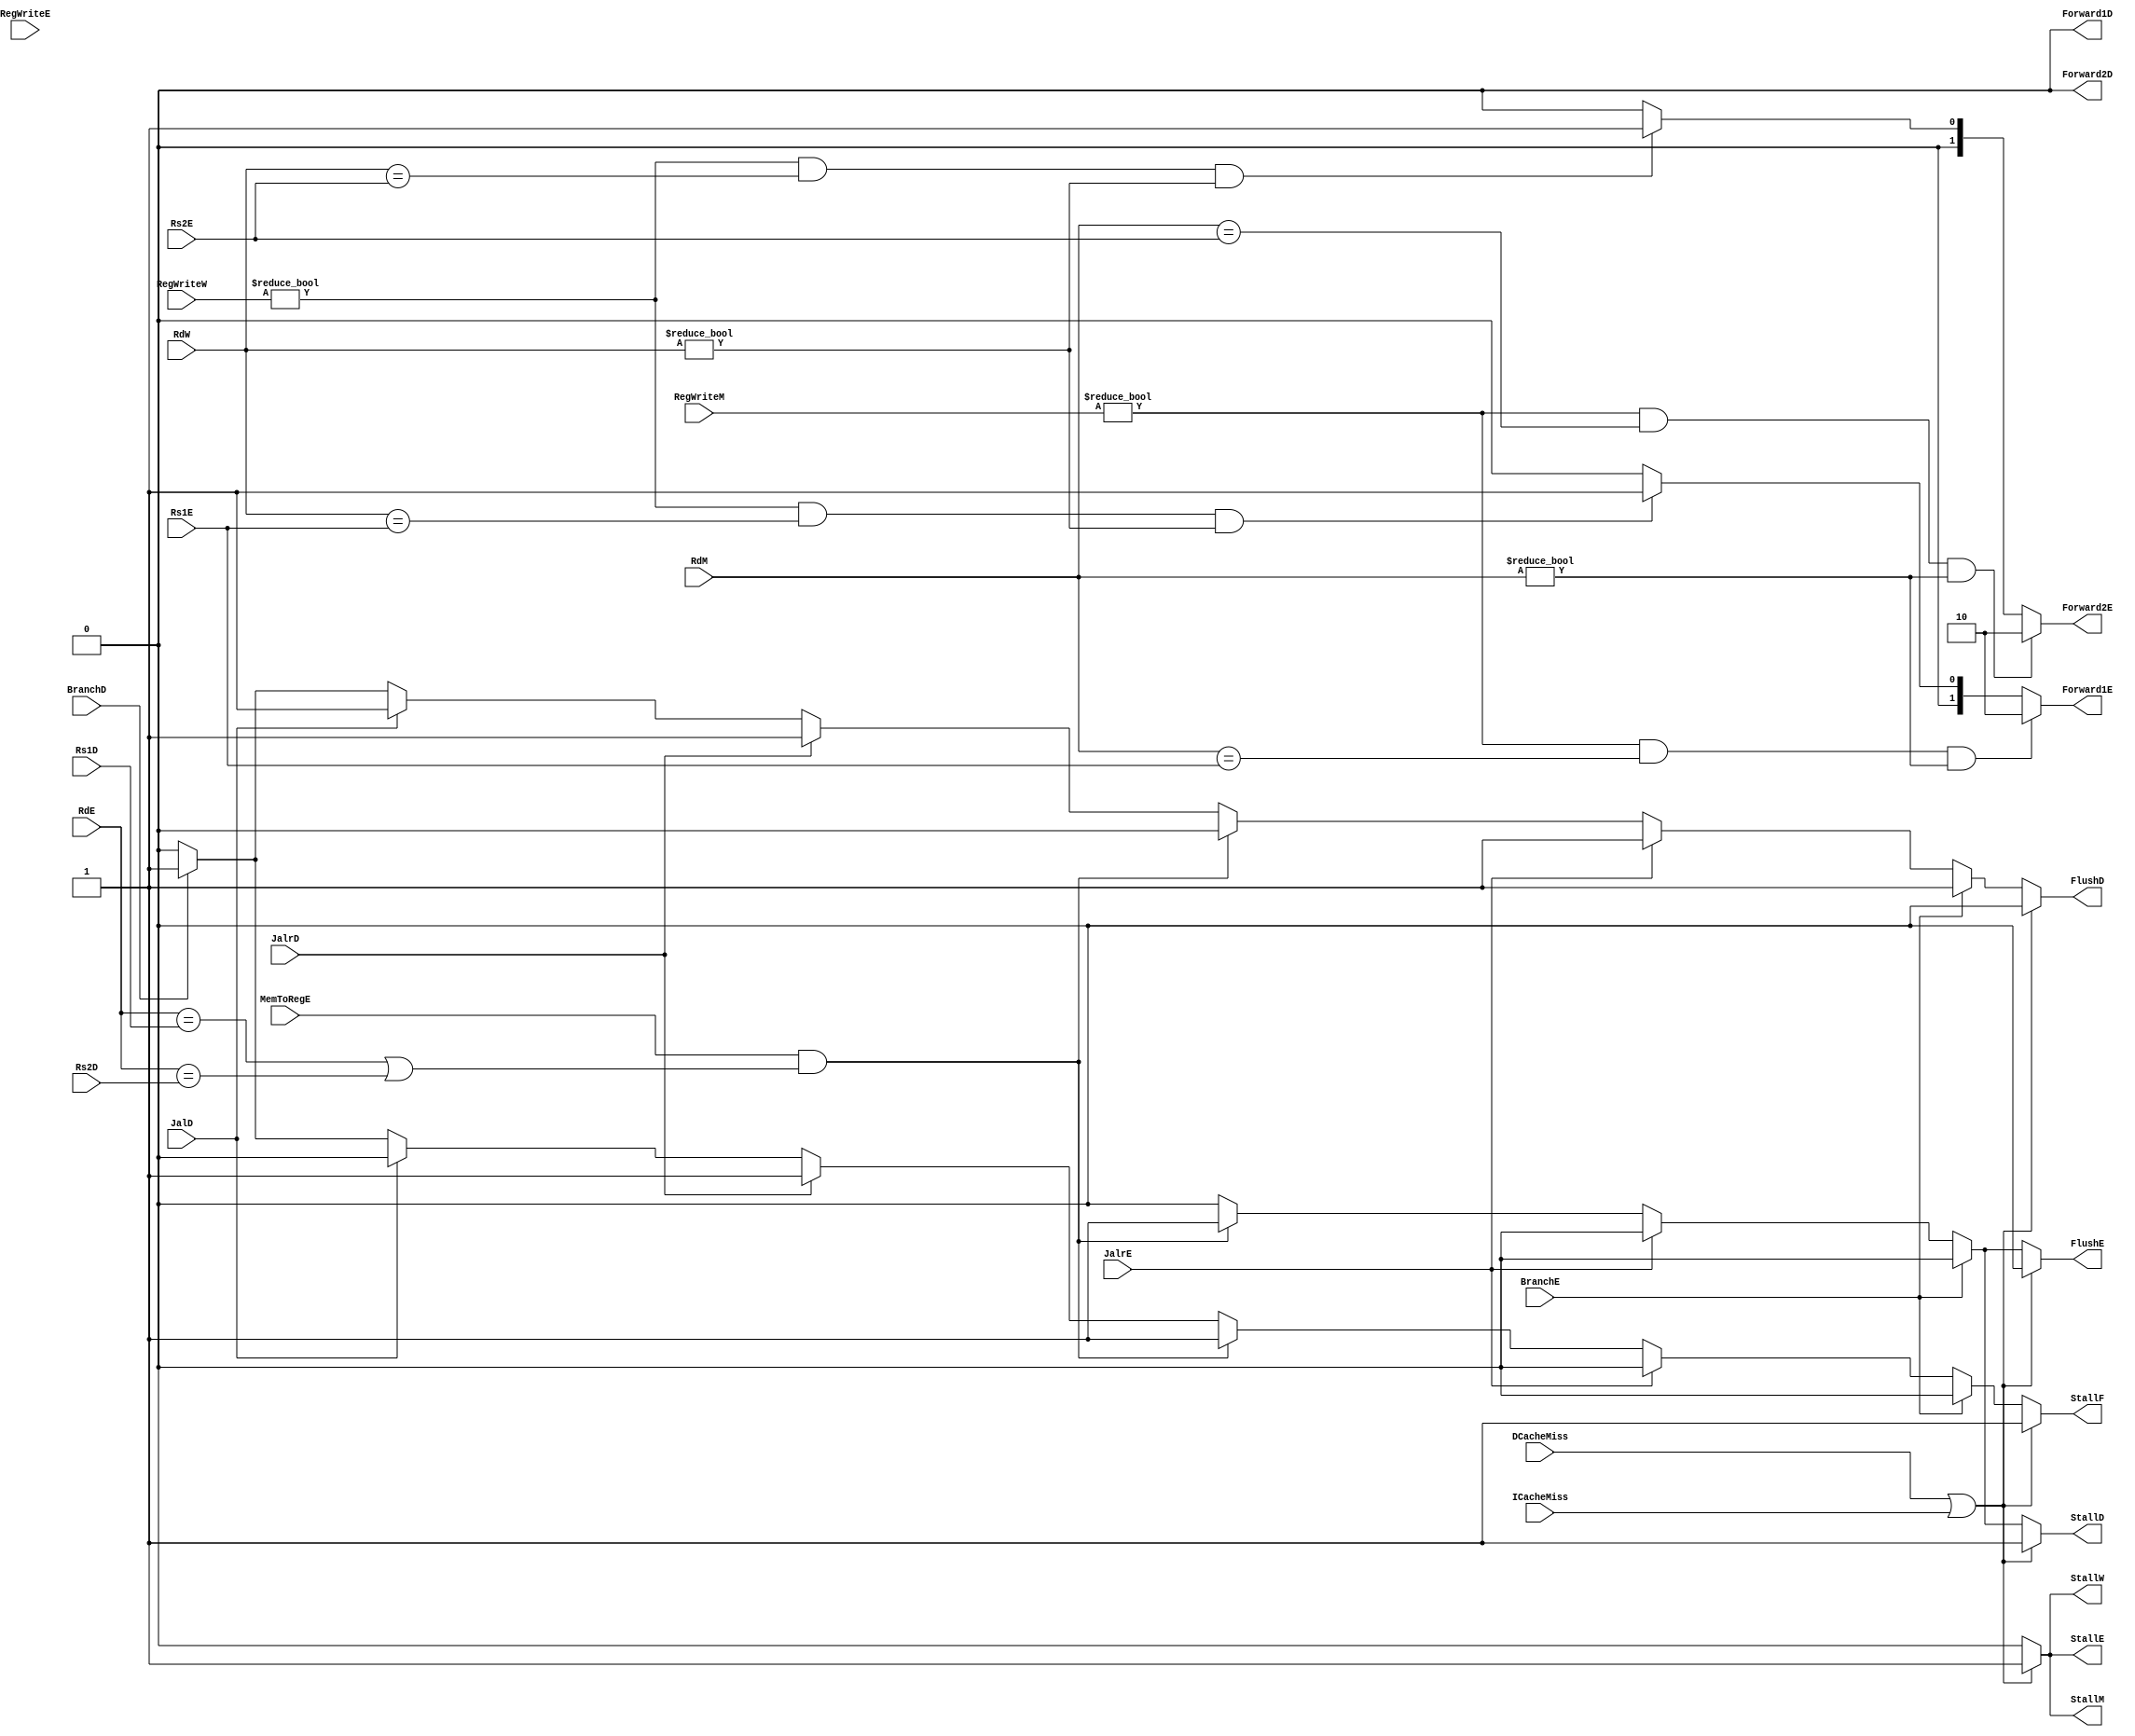
/*  
 *  HarzardUnitstallflushforward 
 *  Time: 2019.2.22
 */

/* StallFlush *///////////////////////////////////////////////////////
//  1.Load-Useloadxx
//  loadEXUseIDStallF=1 StallD=1 FLushE=1
//  IF      ID      EX   |     MM      WB                           [Load]
//          IF      ID   | ID  EX     MM      WB            [Use]       
//  MemToRegE==1 && RdE==Rs1D||RdE==Rs2D)
//   StallF=1 StallD=1 FLushE=1
//
//  2.JAL
// JALIDFlushD=1
//  IF      ID   |     EX        MM      WB                          [JAL]
//          IF   |   IF  ID      EX     MM      WB           [Any]
//  JalD==1
//  FlushD=1
//
//  3.JALR
//  JALRIDStallF=1FlushD=1
//  IF      ID   |    EX                                              [JALR]
//          IF   |   IF                                     [Any]
//  JalrD==1
//  StallF=1 FlushD=1
//  JALREXFLushD=1
//  IF      ID      EX       |    MM       WB                         [JALR]
//          IF  IF | IF  ID     EX     MM     WB    [Any]
//  JalrE==1
//  FlushD=1
//
//  4.Branch
//  BrIDStallF=1FlushD=1
//  IF      ID   |    EX                                              [Br]
//          IF   |   IF                                     [Any]
//  BranchD==1
//  StallF=1FlushD=1
//  BrEX
//  BranchE=1FlushD=1
//  IF      ID      EX       |    MM       WB                         [JALR]
//          IF  IF | IF  ID     EX     MM     WB    [Any]
//  BranchE==1
//  FlushD=1
//  BranchE=0
//  IF      ID      EX       |    MM       WB                         [JALR]
//          IF  IF |    ID       EX     MM     WB           [Any]
//  BranchE==0
//  
//////////////////////////////////////////////////////////////////////////////////////
/* StallFlush *///////////////////////////////////////////////////////
//  1.EX  loadALU
//  RegWriteW==1 && (RdW==Rs1E||RdW==Rs2E)
//  Forward1E=2'b01 Forward2E=2'b01
//  2.EX  ALU
//  RegWriteM==1 && (RdM==Rs1E||RdM==Rs2E)
//  Forward1E=2'b10 Forward2E=2'b10
//////////////////////////////////////////////////////////////////////////////////////  

//  EX ID
//EXBranchJalJalrID
//EXloadload-useEXload-useID

module HarzardUnit(
    input wire BranchD, BranchE,
    input wire JalrD, JalrE, JalD,
    input wire [4:0] Rs1D, Rs2D, Rs1E, Rs2E,
    input wire MemToRegE,
    input wire [2:0] RegWriteE, RegWriteM, RegWriteW,
    input wire [4:0] RdE, RdM, RdW,
    input wire ICacheMiss, DCacheMiss ,
    output reg StallF, FlushD, StallD, FlushE, StallE, StallM, StallW,
    output wire Forward1D, Forward2D,
    output reg [1:0] Forward1E, Forward2E
    );
    //
    assign Forward1D=1'b0;
    assign Forward2D=1'b0;
    //Stall and Flush signals generate
    always @ (*)
    begin
        if(DCacheMiss | ICacheMiss)
        begin
            StallF<=1'b1;
            StallD<=1'b1;
            FlushD<=1'b0;
            FlushE<=1'b0;
            StallE<=1'b1;
            StallM<=1'b1;
            StallW<=1'b1;
        end
        else if(BranchE)
        begin
            StallF<=1'b0;
            StallD<=1'b0;
            FlushD<=1'b1;
            FlushE<=1'b0;
            StallE<=1'b0;
            StallM<=1'b0;
            StallW<=1'b0;
        end
        else if(JalrE)
            begin
            StallF<=1'b0;
            StallD<=1'b0;
            FlushD<=1'b1;
            FlushE<=1'b0;
            StallE<=1'b0;
            StallM<=1'b0;
            StallW<=1'b0;
        end
        else if(MemToRegE & ((RdE==Rs1D)||(RdE==Rs2D)) )
            begin
            StallF<=1'b1;
            StallD<=1'b1;
            FlushD<=1'b0;
            FlushE<=1'b1;
            StallE<=1'b0;
            StallM<=1'b0;
            StallW<=1'b0;
        end
        else if(JalrD)
        begin
            StallF<=1'b1;
            StallD<=1'b0;
            FlushD<=1'b1;
            FlushE<=1'b0;
            StallE<=1'b0;
            StallM<=1'b0;
            StallW<=1'b0;
        end
        else if(JalD)
        begin
            StallF<=1'b0;
            StallD<=1'b0;
            FlushD<=1'b1;
            FlushE<=1'b0;        
            StallE<=1'b0;
            StallM<=1'b0;
            StallW<=1'b0;   
        end
        else if(BranchD)
        begin
            StallF<=1'b1;
            StallD<=1'b0;
            FlushD<=1'b1;
            FlushE<=1'b0;
            StallE<=1'b0;
            StallM<=1'b0;
            StallW<=1'b0;
            end
        else
        begin
            StallF<=1'b0;
            StallD<=1'b0;
            FlushD<=1'b0;
            FlushE<=1'b0;
            StallE<=1'b0;
            StallM<=1'b0;
            StallW<=1'b0;
        end
    end
    //Forward
    always@(*)
    begin
        if( (RegWriteM!=3'b0) && (RdM==Rs1E) &&(RdM!=5'b0) )
            Forward1E<=2'b10;
        else if( (RegWriteW!=3'b0) && (RdW==Rs1E) &&(RdW!=5'b0) )
            Forward1E<=2'b01;
        else
            Forward1E<=2'b00;
    end
    always@(*)
    begin
        if( (RegWriteM!=3'b0) && (RdM==Rs2E) &&(RdM!=5'b0) )
            Forward2E<=2'b10;
        else if( (RegWriteW!=3'b0) && (RdW==Rs2E) &&(RdW!=5'b0) )
            Forward2E<=2'b01;
        else
            Forward2E<=2'b00;
    end      
endmodule